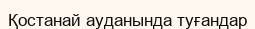
Қостанай ауданында туғандар